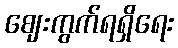
ဈေးကွက်ရရှိရေး